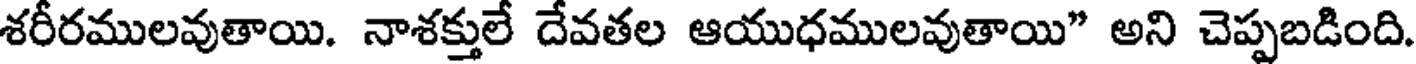
శరీరములవుతాయి. నాశక్తులే దేవతల ఆయుధములవుతాయి" అని చెప్పబడింది.